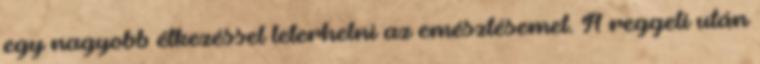
egy nagyobb étkezéssel leterhelni az emésztésemet. A reggeli után